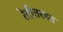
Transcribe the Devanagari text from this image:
रेतीतरडत